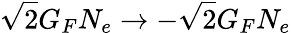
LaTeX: \sqrt{2}G_{F}N_{e}\to-\sqrt{2}G_{F}N_{e}